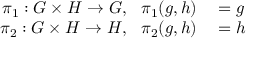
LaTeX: \begin{array} { r l } { \pi _ { 1 } : G \times H \to G , \ \ \pi _ { 1 } ( g , h ) } & { { } = g } \\ { \pi _ { 2 } : G \times H \to H , \ \ \pi _ { 2 } ( g , h ) } & { { } = h } \end{array}